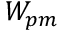
W _ { p m }